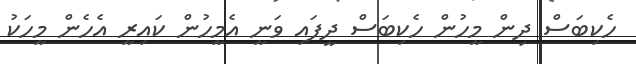
ހެކިބަސް ދިން މީހުން ހެކިބަސް ދީފައި ވަނީ އެމީހުން ކައިރީ އެހެން މީހަކު